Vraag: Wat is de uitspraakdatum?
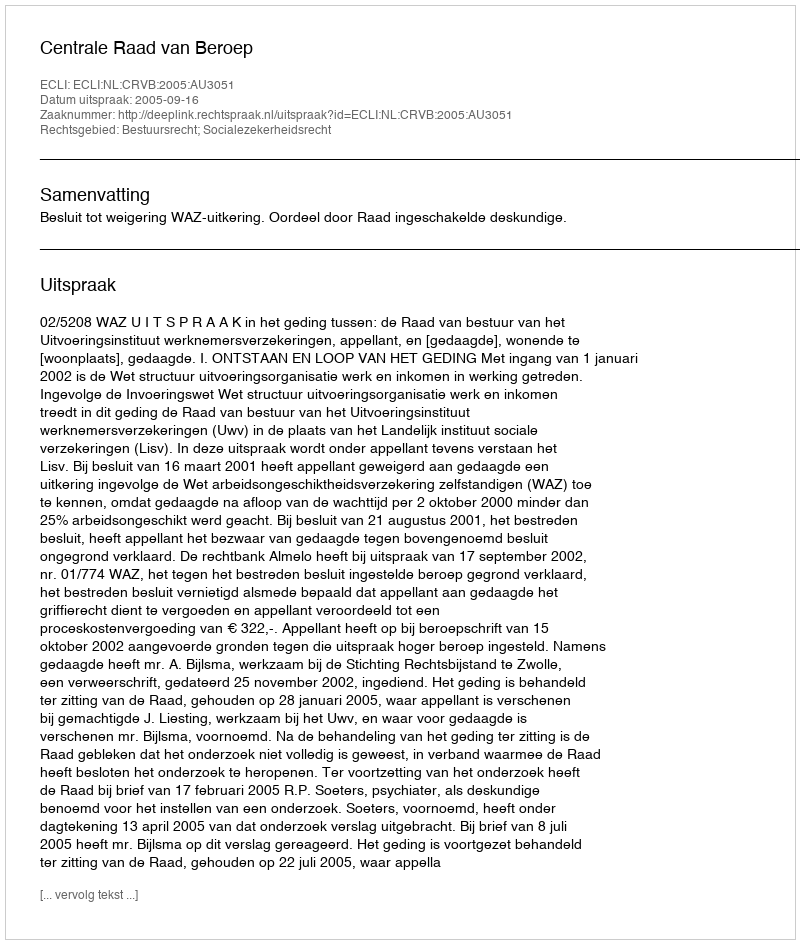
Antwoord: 2005-09-16